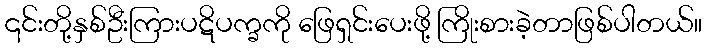
၎င်းတို့နှစ်ဦးကြားပဋိပက္ခကို ဖြေရှင်းပေးဖို့ ကြိုးစားခဲ့တာဖြစ်ပါတယ်။